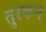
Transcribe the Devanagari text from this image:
तुरकन